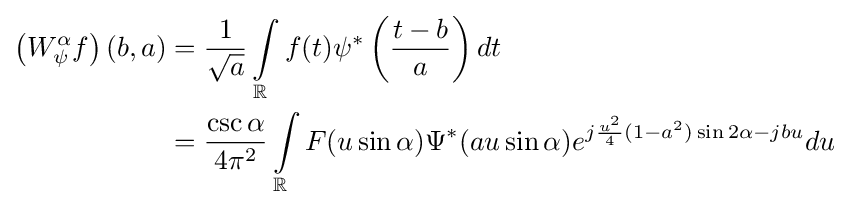
{\begin{aligned}\left(W_{\psi }^{\alpha }f\right)(b,a)&={\frac {1}{\sqrt {a}}}\int \limits _{\mathbb {R} }f(t)\psi ^{\ast }\left({\frac {t-b}{a}}\right)dt\\&={\frac {\csc \alpha }{4\pi ^{2}}}\int \limits _{\mathbb {R} }F(u\sin \alpha )\Psi ^{\ast }(au\sin \alpha )e^{j{\frac {u^{2}}{4}}(1-a^{2})\sin 2\alpha -jbu}du\\\end{aligned}}